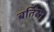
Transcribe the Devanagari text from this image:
बर्तित्सू